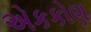
એકકોણ